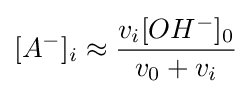
[A^{-}]_{i}\approx {\frac {v_{i}[OH^{-}]_{0}}{v_{0}+v_{i}}}